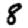
Digit: 8